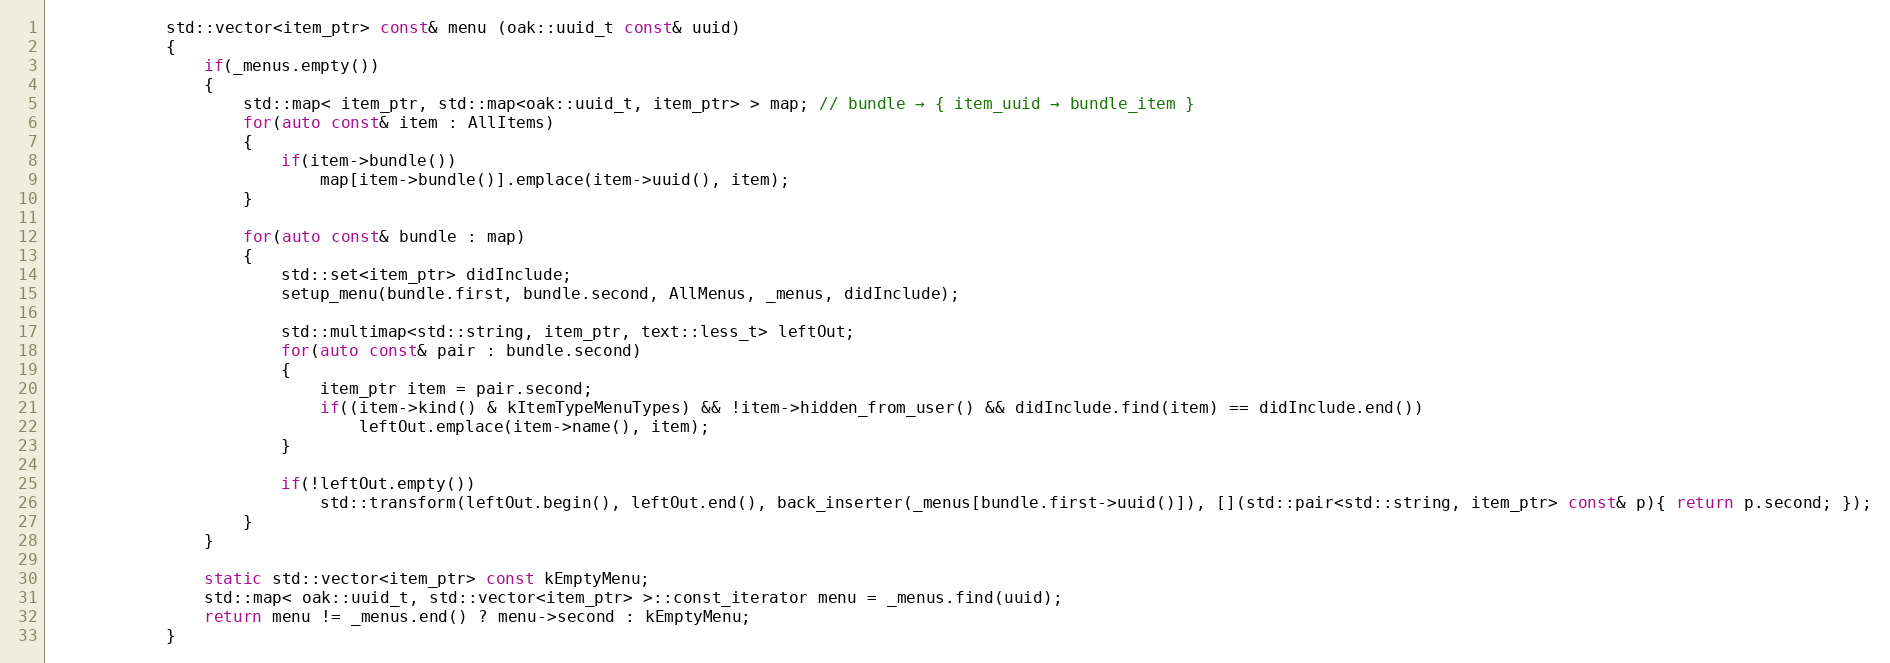
Language: C++
			std::vector<item_ptr> const& menu (oak::uuid_t const& uuid)
			{
				if(_menus.empty())
				{
					std::map< item_ptr, std::map<oak::uuid_t, item_ptr> > map; // bundle → { item_uuid → bundle_item }
					for(auto const& item : AllItems)
					{
						if(item->bundle())
							map[item->bundle()].emplace(item->uuid(), item);
					}

					for(auto const& bundle : map)
					{
						std::set<item_ptr> didInclude;
						setup_menu(bundle.first, bundle.second, AllMenus, _menus, didInclude);

						std::multimap<std::string, item_ptr, text::less_t> leftOut;
						for(auto const& pair : bundle.second)
						{
							item_ptr item = pair.second;
							if((item->kind() & kItemTypeMenuTypes) && !item->hidden_from_user() && didInclude.find(item) == didInclude.end())
								leftOut.emplace(item->name(), item);
						}

						if(!leftOut.empty())
							std::transform(leftOut.begin(), leftOut.end(), back_inserter(_menus[bundle.first->uuid()]), [](std::pair<std::string, item_ptr> const& p){ return p.second; });
					}
				}

				static std::vector<item_ptr> const kEmptyMenu;
				std::map< oak::uuid_t, std::vector<item_ptr> >::const_iterator menu = _menus.find(uuid);
				return menu != _menus.end() ? menu->second : kEmptyMenu;
			}